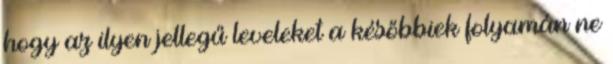
hogy az ilyen jellegű leveleket a későbbiek folyamán ne